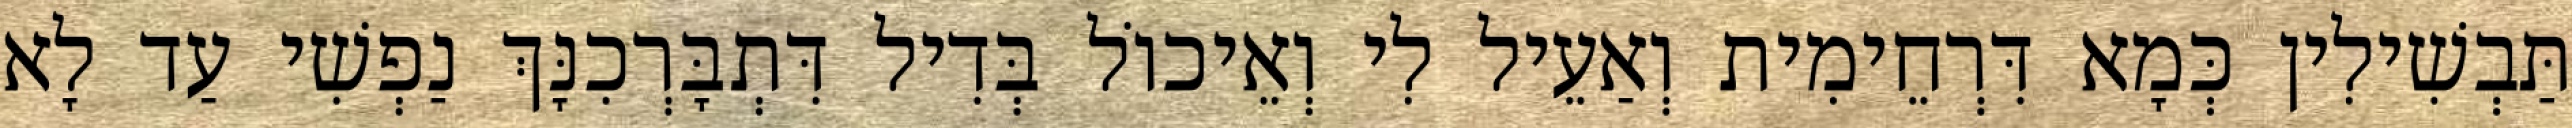
תַּבְשִׁילִין כְּמָא דִּרְחֵימִית וְאַעֵיל לִי וְאֵיכוֹל בְּדִיל דִּתְבָּרְכִנָּךְ נַפְשִׁי עַד לָא